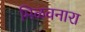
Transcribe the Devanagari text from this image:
मिळवनारा